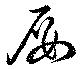
屡